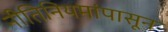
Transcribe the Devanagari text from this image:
नीतिनियमांपासून